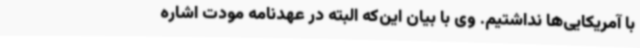
با آمریکایی‌ها نداشتیم. وی با بیان این‌که البته در عهدنامه مودت اشاره